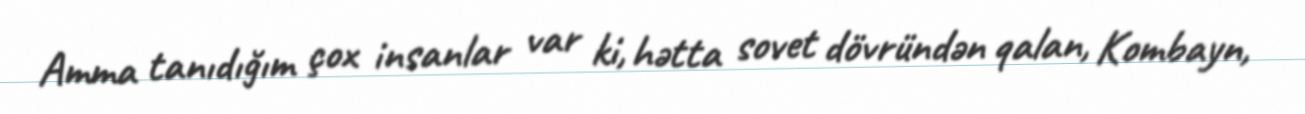
Amma tanıdığım çox insanlar var ki, hətta sovet dövründən qalan, Kombayn,